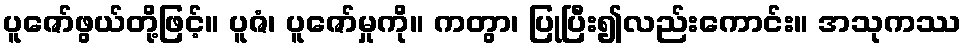
ပူဇော်ဖွယ်တို့ဖြင့်။ ပူဇံ၊ ပူဇော်မှုကို။ ကတွာ၊ ပြုပြီး၍လည်းကောင်း။ အသုကဿ